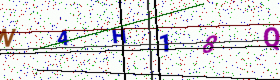
Text: N4H18Q